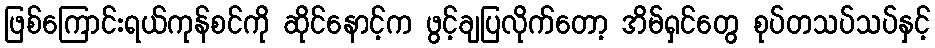
ဖြစ်ကြောင်းရယ်ကုန်စင်ကို ဆိုင်နောင့်က ဖွင့်ချပြလိုက်တော့ အိမ်ရှင်တွေ စုပ်တသပ်သပ်နှင့်